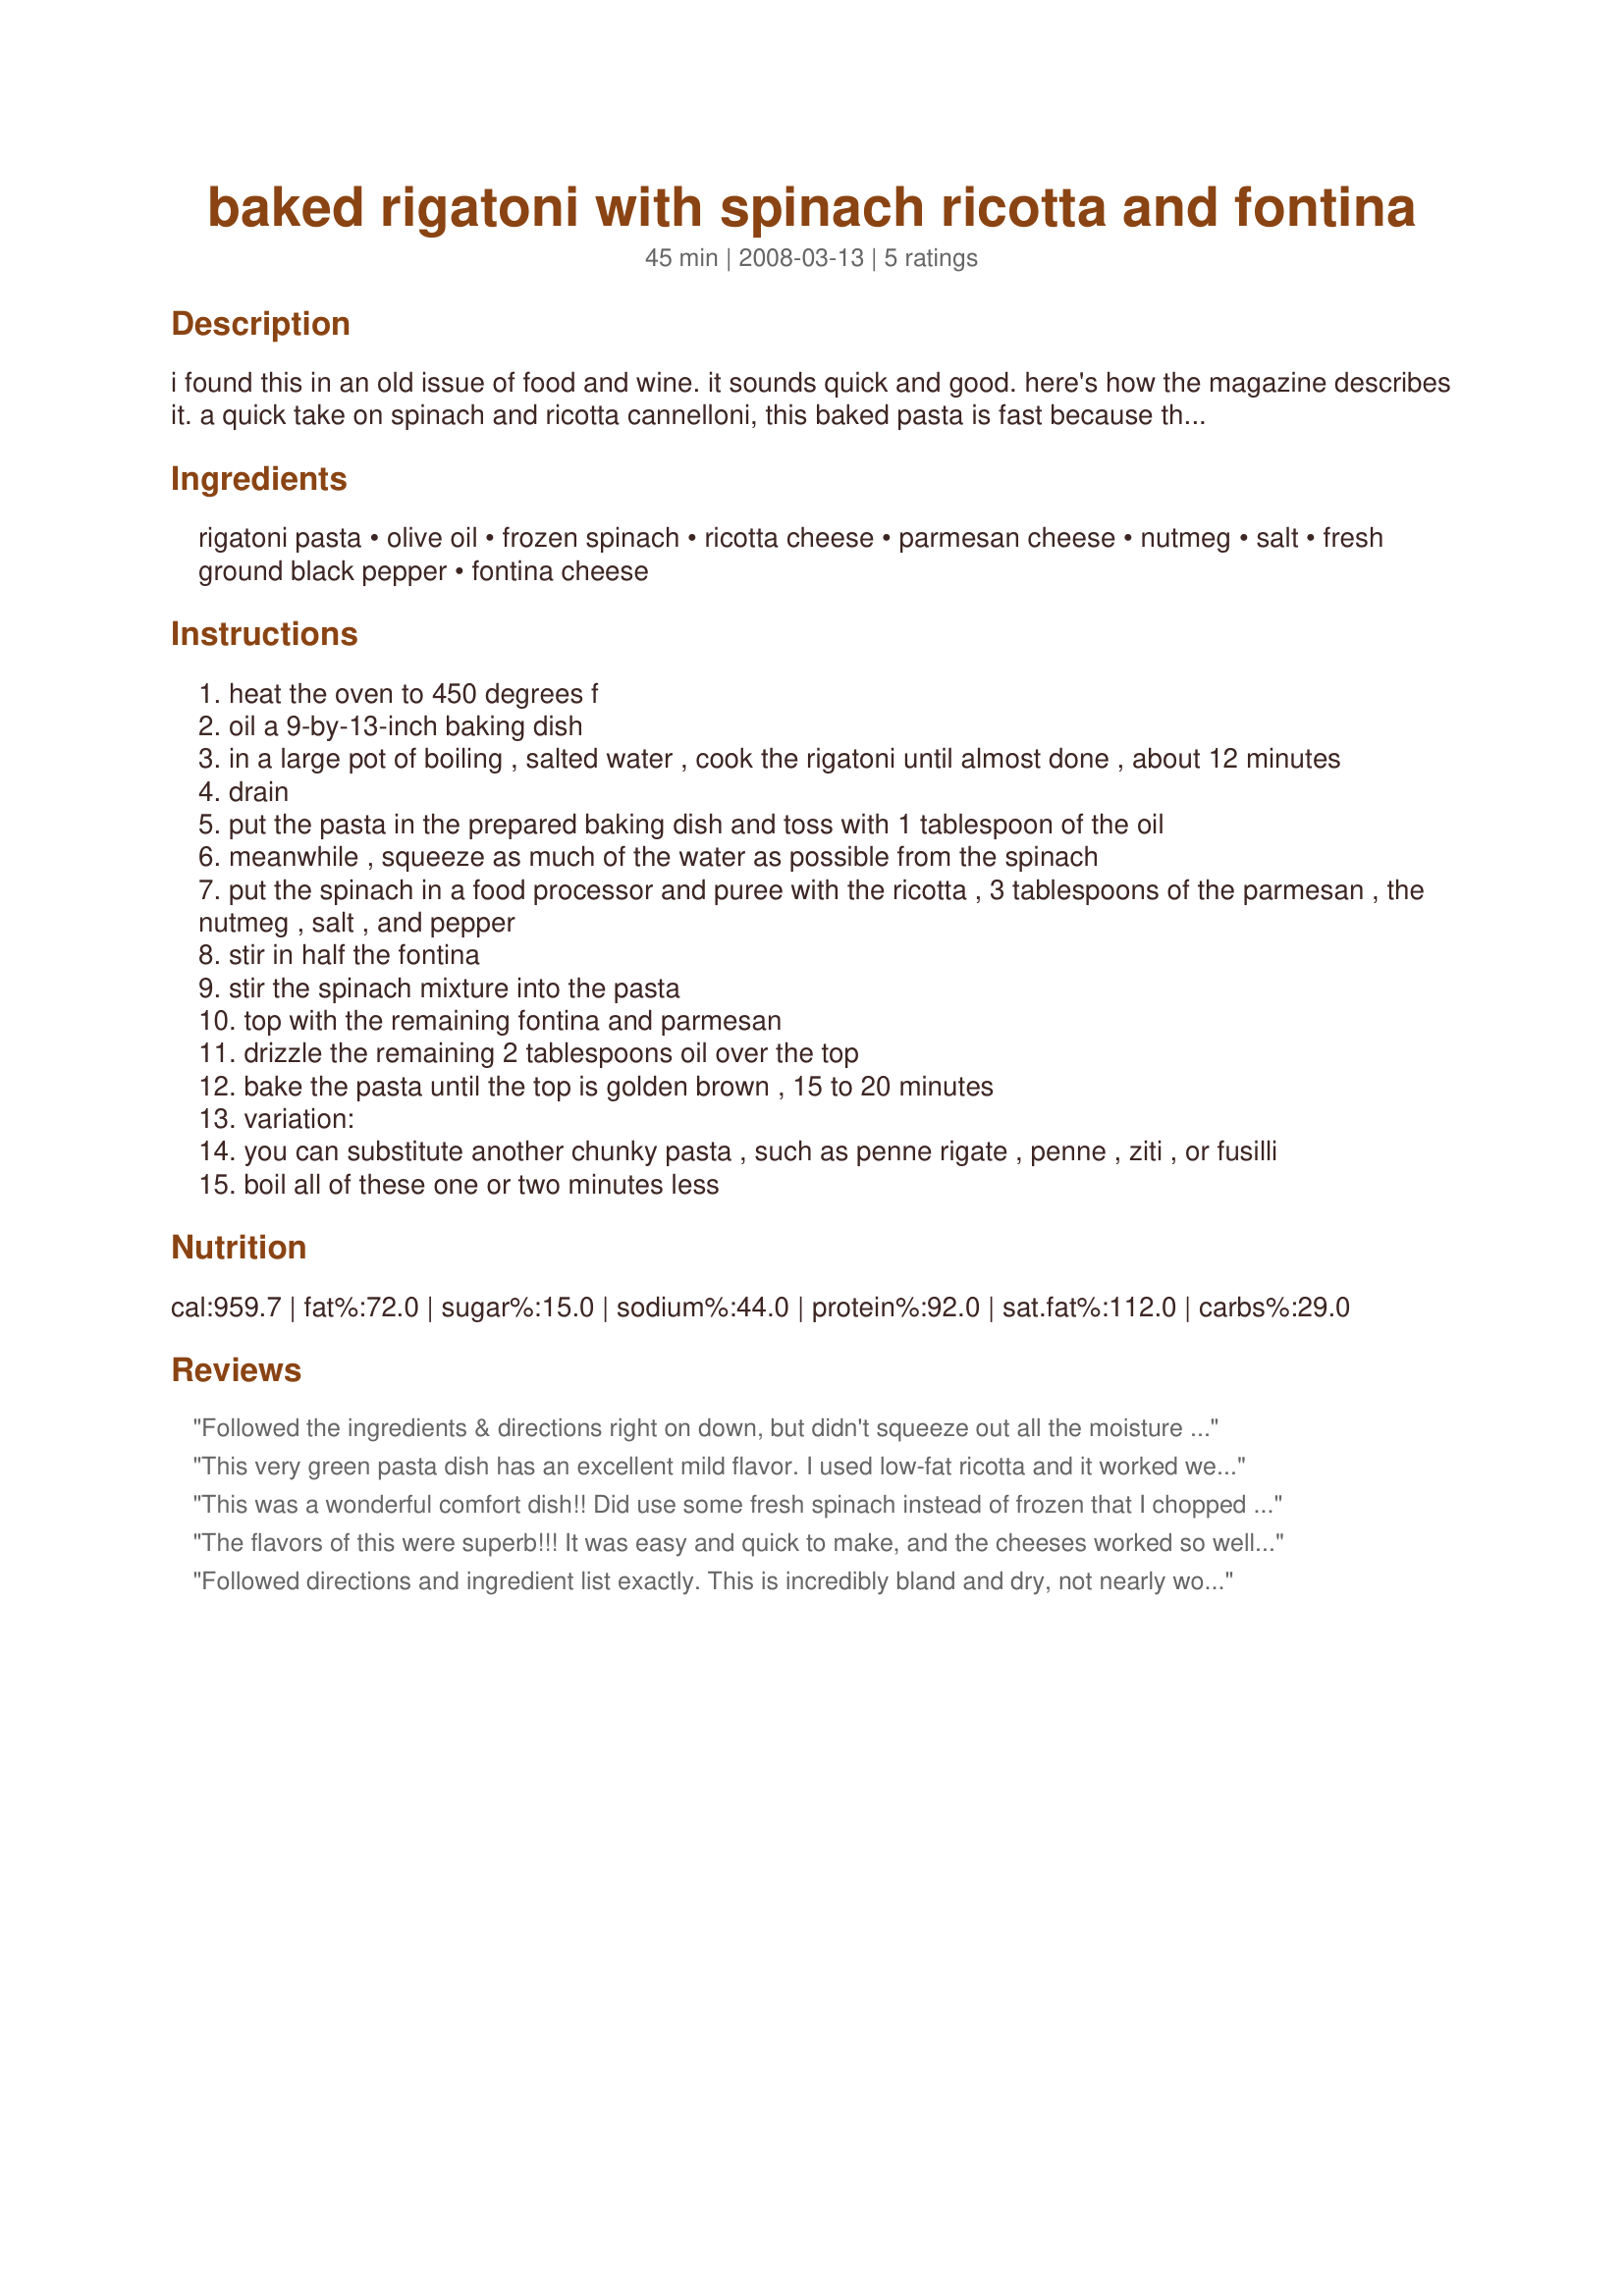
baked rigatoni with spinach ricotta and fontina
Preparation time: 45 minutes

i found this in an old issue of food and wine. it sounds quick and good. here's how the magazine describes it.

a quick take on spinach and ricotta cannelloni, this baked pasta is fast because there's nothing to stuff. the filling is simply tossed with cooked rigatoni that's then topped with fontina and baked to a golden brown.

Ingredients:
rigatoni pasta, olive oil, frozen spinach, ricotta cheese, parmesan cheese, nutmeg, salt, fresh ground black pepper, fontina cheese

Steps:
heat the oven to 450 degrees f
oil a 9-by-13-inch baking dish
in a large pot of boiling , salted water , cook the rigatoni until almost done , about 12 minutes
drain
put the pasta in the prepared baking dish and toss with 1 tablespoon of the oil
meanwhile , squeeze as much of the water as possible from the spinach
put the spinach in a food processor and puree with the ricotta , 3 tablespoons of the parmesan , the nutmeg , salt , and pepper
stir in half the fontina
stir the spinach mixture into the pasta
top with the remaining fontina and parmesan
drizzle the remaining 2 tablespoons oil over the top
bake the pasta until the top is golden brown , 15 to 20 minutes
variation:
you can substitute another chunky pasta , such as penne rigate , penne , ziti , or fusilli
boil all of these one or two minutes less

Reviews:
Followed the ingredients & directions right on down, but didn't squeeze out all the moisture from the spinach (The tip from another reviewer that the resulting puree was a bit too thick led me in that direction!), & the resulting puree came out just fine! Really enjoyed the blend of cheeses in this dish! Thanks for sharing the recipe! [Made & reviewed while touring Italy on Zaar's World Tour 4]
This very green pasta dish has an excellent mild flavor. I used low-fat ricotta and it worked well. The nutmeg flavor combines very well with the ricotta; don't leave it out! As I pureed the spinach and ricotta, it seemed way to thick and "pasty." I added some milk to help thin it out and I'm very glad I did. I may even use more milk (or cream!) next time. Thanx for sharing this great dish.
This was a wonderful comfort dish!! Did use some fresh spinach instead of frozen that I chopped raw and added to the ricotta cheese (light). It makes green pasta - but it is DELISH!! Thanks lazyme! :)
The flavors of this were superb!!! It was easy and quick to make, and the cheeses worked so well in it.

One thing i will do next time, is before i put the last cheeses on, i will swirl some tomatoe sauce in it just to give it a litle moisture and since bechamel works well with canneloni, when a small amount of tomato sauce is added i think it will be a nice addition..

made for zwt4
Followed directions and ingredient list exactly. This is incredibly bland and dry, not nearly worthy the effort. My entire family agreed. The comments already posted about adding tomato sauce or extra milk also would help if you are going to try it as that could at least help with the dryness.
